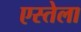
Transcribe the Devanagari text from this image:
एस्तेला